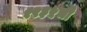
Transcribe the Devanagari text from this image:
१९३५ची